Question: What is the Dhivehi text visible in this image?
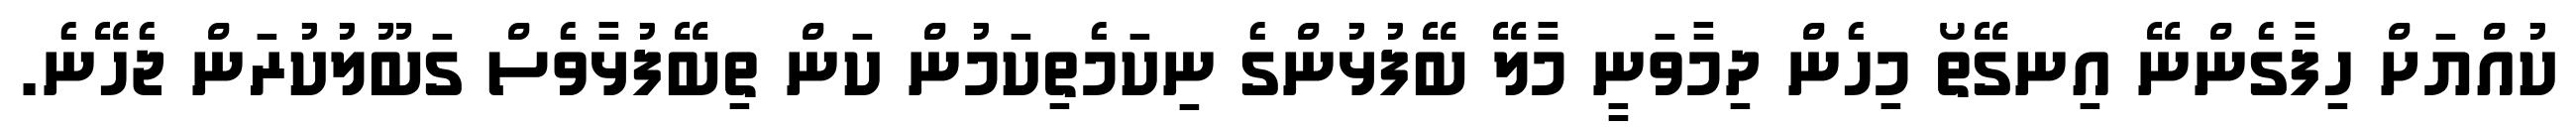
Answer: ކުއްޔަށް ހިފާގެންނޭ އިނގޭތޯ މިހެން ދިމާވަނީ މާލޭ ބޭފުޅުންގެ ނިކަމެތިކަމުން ކަން ތިބޭފުޅާވެސް ގަބޫލުކުރަން ޖެހޭނެ.